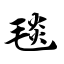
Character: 毯